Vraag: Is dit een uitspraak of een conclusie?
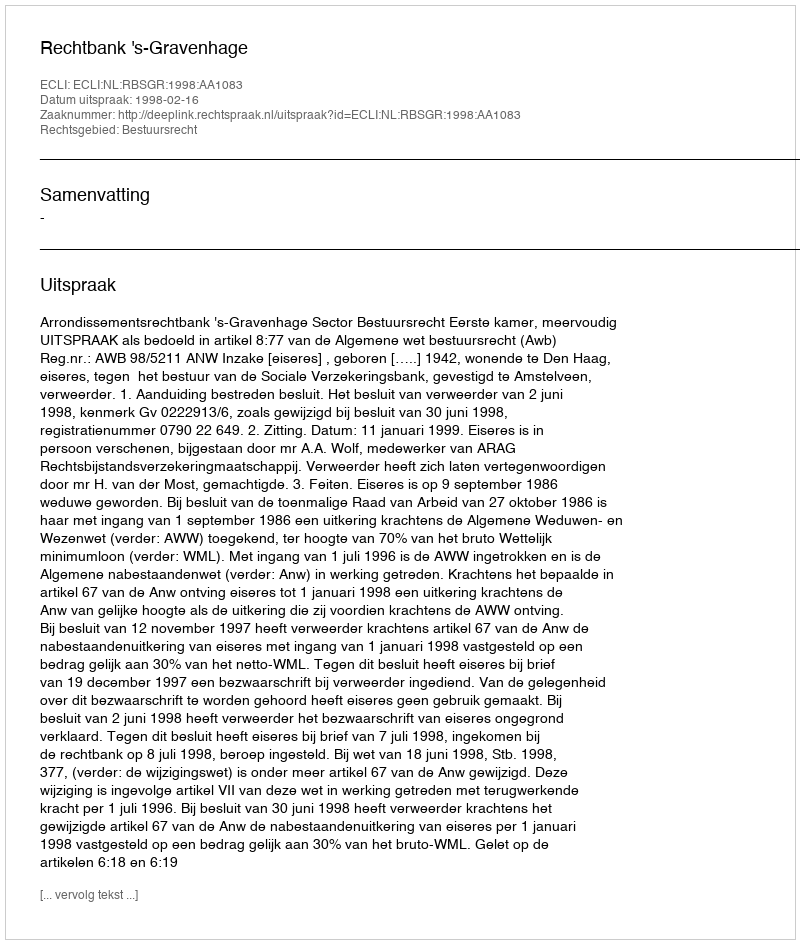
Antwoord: Uitspraak